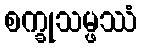
စက္ခုသမ္ဖဿံ